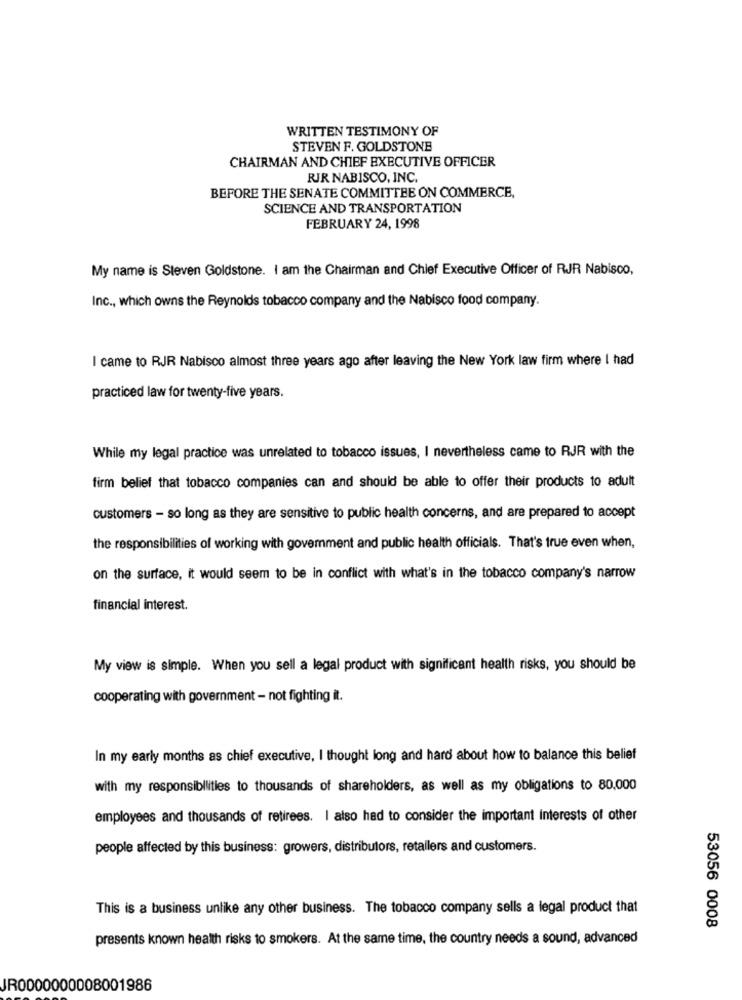
WRITTEN TESTIMONY OF
STEVEN F. GOLDSTONE
CHAIRMAN AND CHIEF EXECUTIVE OFFICER
RIR NABISCO, INC.
BEFORE THE SENATE COMMITTEE ON COMMERCE,
SCIENCE AND TRANSPORTATION
FEBRUARY 24, 1998
My name is Steven Goldstone. I am the Chairman and Chief Executive Officer of RJR Nabisco,
Inc ., which owns the Reynolds tobacco company and the Nabisco food company.
I came to RJR Nabisco almost three years ago after leaving the New York law firm where I had
practiced law for twenty-five years.
While my legal practice was unrelated to tobacco issues, I nevertheless came to RJR with the
firm belief that tobacco companies can and should be able to offer their products to adult
customers - so long as they are sensitive to public health concerns, and are prepared to accept
the responsibilities of working with government and public health officials. That's true even when,
on the surface, it would seem to be in conflict with what's in the tobacco company's narrow
financial interest.
My view is simple. When you sell a legal product with significant health risks, you should be
cooperating with government - not fighting it.
In my early months as chief executive, I thought long and hard about how to balance this belief
with my responsibilities to thousands of shareholders, as well as my obligations to 80,000
employees and thousands of retirees. I also had to consider the important Interests of other
people affected by this business: growers, distributors, retailers and customers.
This is a business unlike any other business. The tobacco company sells a legal product that
53056 0008
presents known health risks to smokers. At the same time, the country needs a sound, advanced
JR0000000008001986